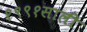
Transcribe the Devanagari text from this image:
१९९१साली